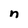
Character: n